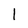
Character: I